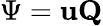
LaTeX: \Psi=\mathbf{u}\mathbf{Q}